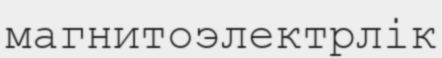
магнитоэлектрлік